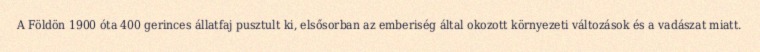
A Földön 1900 óta 400 gerinces állatfaj pusztult ki, elsősorban az emberiség által okozott környezeti változások és a vadászat miatt.